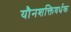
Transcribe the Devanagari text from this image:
यौनशक्तिवर्धक